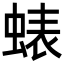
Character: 𮔘